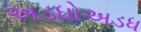
અડધોઅડધ